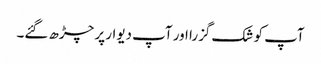
آپ کو شک گزرا اور آپ دیوار پر چڑھ گئے۔